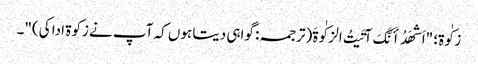
زکٰوۃ؛ "اَشهَدُ أَنَّکَ آتَیتُ الزکٰوةَ(ترجمہ: گواہی دیتا ہوں کہ آپ نے زکوۃ ادا کی)"۔